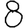
Digit: 8